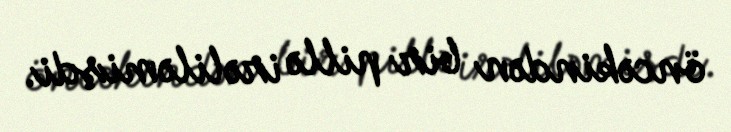
öncəkindən bir pillə irəliləmişdi.